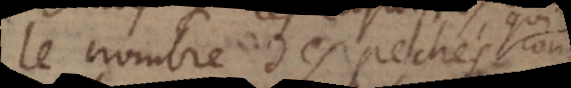
le nombre des pechés contre